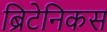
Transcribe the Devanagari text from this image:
ब्रिटेनिकस